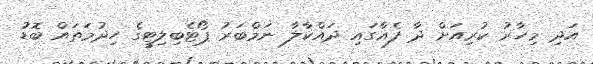
އަދި މިހާރު ކުރިއަށް ދާ ފެއާގައި ދައްކާލާ ނަމްބަރު ޕޯޓެބިލިޓީގެ ހިދުމަތައް ބޮޑު